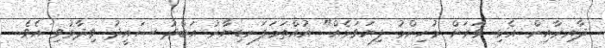
ދާއިރާއިން އެޅި ވަރަށް މުހިންމު ފިޔަވަޅެއް" އުއްތަމަފަނޑިޔާރު އަބްދު ސައީދު ވިދާޅުވި އެވެ.